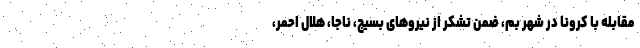
مقابله با کرونا در شهر بم، ضمن تشکر از نیروهای بسیج، ناجا، هلال احمر،